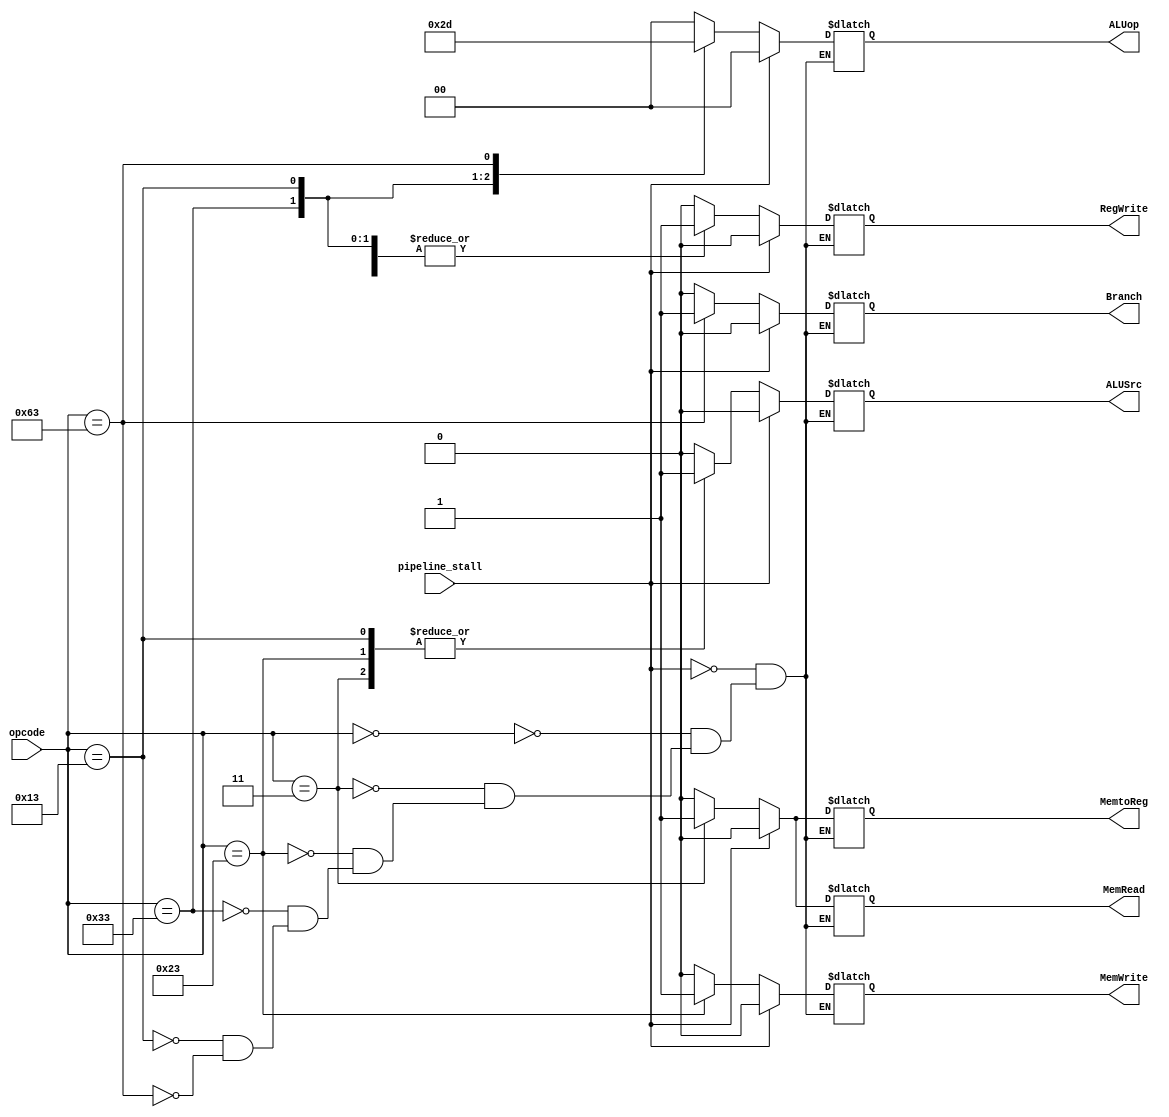
`timescale 1ns / 1ps

module control_path(
    input [6:0] opcode,
    input pipeline_stall,
    output reg Branch,
    output reg MemRead,
    output reg MemtoReg,
    output reg [1:0] ALUop,
    output reg MemWrite,
    output reg ALUSrc,
    output reg RegWrite);
  
    always@(*) begin
        if (pipeline_stall == 1)
            {ALUSrc,MemtoReg,RegWrite,MemRead,MemWrite,Branch,ALUop} <= 8'b00000000;
        else
            casex(opcode)
                7'b0000000: {ALUSrc,MemtoReg,RegWrite,MemRead,MemWrite,Branch,ALUop} <= 8'b00000000; //nop from ISA
                7'b0000011: {ALUSrc,MemtoReg,RegWrite,MemRead,MemWrite,Branch,ALUop} <= 8'b11110000; // lw
                7'b0100011: {ALUSrc,MemtoReg,RegWrite,MemRead,MemWrite,Branch,ALUop} <= 8'b10001000; // sw
                7'b0110011: {ALUSrc,MemtoReg,RegWrite,MemRead,MemWrite,Branch,ALUop} <= 8'b00100010; // R32-format
                7'b0010011: {ALUSrc,MemtoReg,RegWrite,MemRead,MemWrite,Branch,ALUop} <= 8'b10100011; // arithmetic
                7'b1100011: {ALUSrc,MemtoReg,RegWrite,MemRead,MemWrite,Branch,ALUop} <= 8'b00000101; // branch
            endcase
     end

endmodule